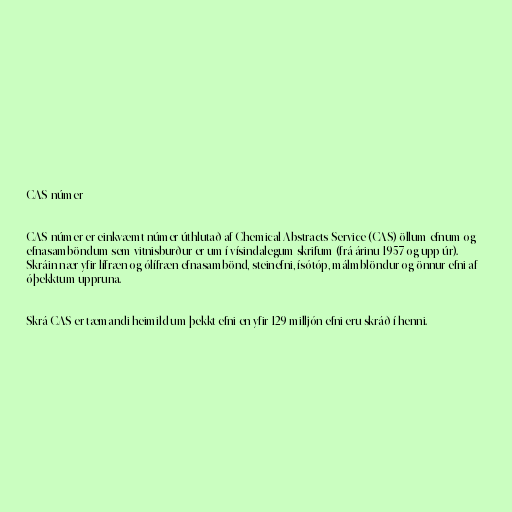
CAS-númer

CAS-númer er einkvæmt númer úthlutað af Chemical Abstracts Service (CAS) öllum efnum og
efnasamböndum sem vitnisburður er um í vísindalegum skrifum (frá árinu 1957 og upp úr).
Skráin nær yfir lífræn og ólífræn efnasambönd, steinefni, ísótóp, málmblöndur og önnur efni af
óþekktum uppruna.

Skrá CAS er tæmandi heimild um þekkt efni en yfir 129 milljón efni eru skráð í henni.